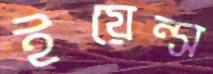
ইয়েন্স